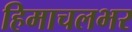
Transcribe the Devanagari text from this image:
हिमाचलभर